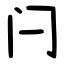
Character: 闩